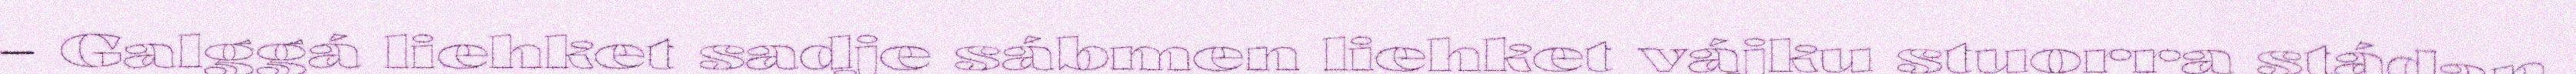
– Galggá liehket sadje sábmen liehket vájku stuorra stádan